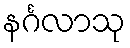
နင်္ဂလာသု